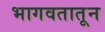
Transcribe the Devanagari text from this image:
भागवतातून